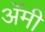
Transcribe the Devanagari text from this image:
अॅमी